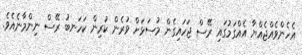
އެހެންވެއްޖެއްޔާ އެއްގަމުގައި ރޭސް ޖަހައިގެން މުސަޅަށް ވުރެން ކުރިން ކަހަނބު ރޭސް ނިންމާނެއެވެ.